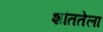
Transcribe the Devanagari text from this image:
शांततेला